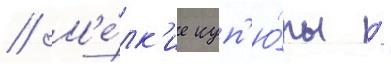
// М'е́лк'ие куп'ю́ры /